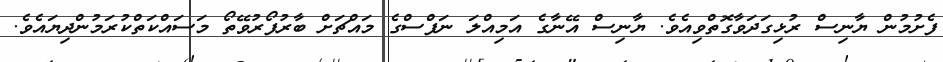
ފެށުމުން ޔާނިސް ރުޅިގަދަވާގޮތްވިއެވެ. ޔާނިސް އޭނާގެ އަމިއްލަ ނަފްސްގެ މައްޗަށް ބާރުފޯރުވޭތޯ މަސައްކަތްކުރަމުންދިޔައެވެ.